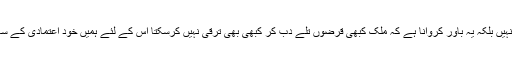
یہاں صرف حکومت پر تنقید کرنا نہیں بلکہ یہ باور کروانا ہے کہ ملک کبھی قرضوں تلے دب کر کبھی بھی ترقی نہیں کرسکتا اس کے لئے ہمیں خود اعتمادی کے ساتھ کچھ عملی اقدام اٹھانا ہوں گے ۔